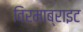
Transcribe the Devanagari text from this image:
विरमाब्राइट